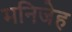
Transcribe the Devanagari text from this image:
मनिजेह